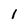
Character: I